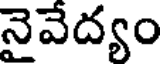
నైవేద్యం